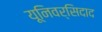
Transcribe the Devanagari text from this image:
यूनिवर्सिदाद